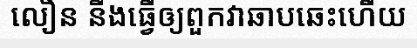
លឿន នឹងធ្វើឲ្យពួកវាឆាបឆេះហើយ